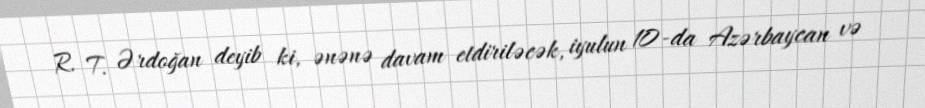
R. T. Ərdoğan deyib ki, ənənə davam etdiriləcək, iyulun 10-da Azərbaycan və